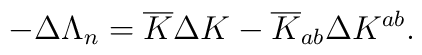
-\Delta \Lambda_n={\overline K} \Delta K -{\overline K_{ab}} \Delta K^{ab}.